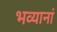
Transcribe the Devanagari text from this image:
भव्यानां